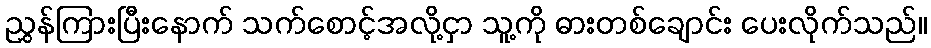
ညွှန်ကြားပြီးနောက် သက်စောင့်အလို့ငှာ သူ့ကို ဓားတစ်ချောင်း ပေးလိုက်သည်။